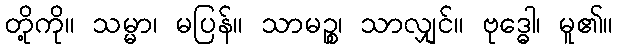
တို့ကို။ သမ္မာ၊ မပြန်။ သာမဉ္စ၊ သာလျှင်။ ဗုဒ္ဓေါ၊ မူ၏။